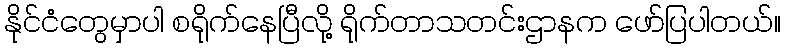
နိုင်ငံတွေမှာပါ စရိုက်နေပြီလို့ ရိုက်တာသတင်းဌာနက ဖော်ပြပါတယ်။